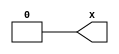
`default_nettype none
module genblk_dive_top(output wire x);
	generate
		if (1) begin : Z
			if (1) begin : A
				wire x;
				if (1) begin : B
					wire x;
					if (1) begin : C
						wire x;
						assign B.x = 0;
						wire z = A.B.C.x;
					end
					assign A.x = A.B.C.x;
				end
				assign B.C.x = B.x;
			end
		end
	endgenerate
	assign x = Z.A.x;
endmodule